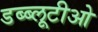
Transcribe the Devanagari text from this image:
डब्ब्लूटीओ